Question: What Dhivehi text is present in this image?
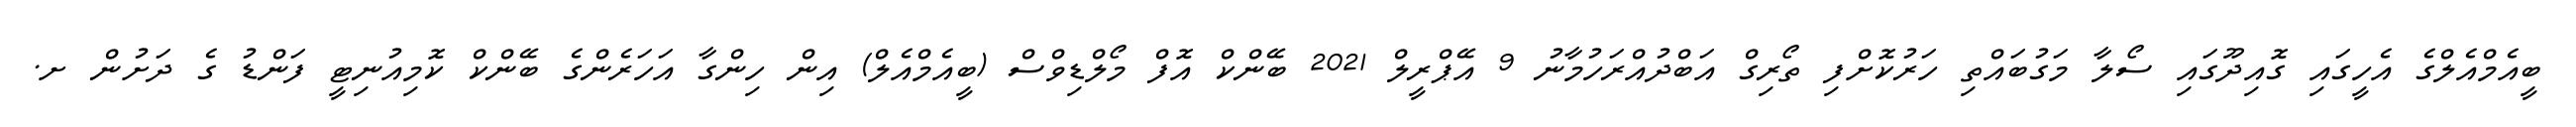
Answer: ބީއެމްއެލްގެ އެހީގައި ގޮއިދޫގައި ސޯލާ މަގުބައްތި ހަރުކޮށްފި ތޯރިގް އަބްދުއްރަހުމާނު 9 އޭޕްރީލް 2021 ބޭންކް އޮފް މޯލްޑިވްސް (ބީއެމްއެލް) އިން ހިންގާ އަހަރެންގެ ބޭންކް ކޮމިއުނިޓީ ފަންޑު ގެ ދަށުން ށ.